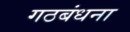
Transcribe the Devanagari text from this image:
गठबंधना